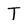
Character: T